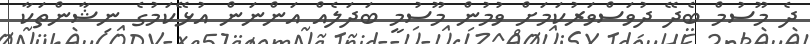
ދެ މޫސުމް ބެދޭ ދުވަސްވަރުކަމަށް ވުމުން މޫސުމީ ބަދަލެއް އަންނަން އުޅޭކަމުގެ ނިޝާންތަކާ